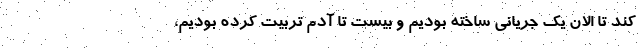
کند تا الان یک جریانی ساخته بودیم و بیست تا آدم تربیت کرده بودیم،